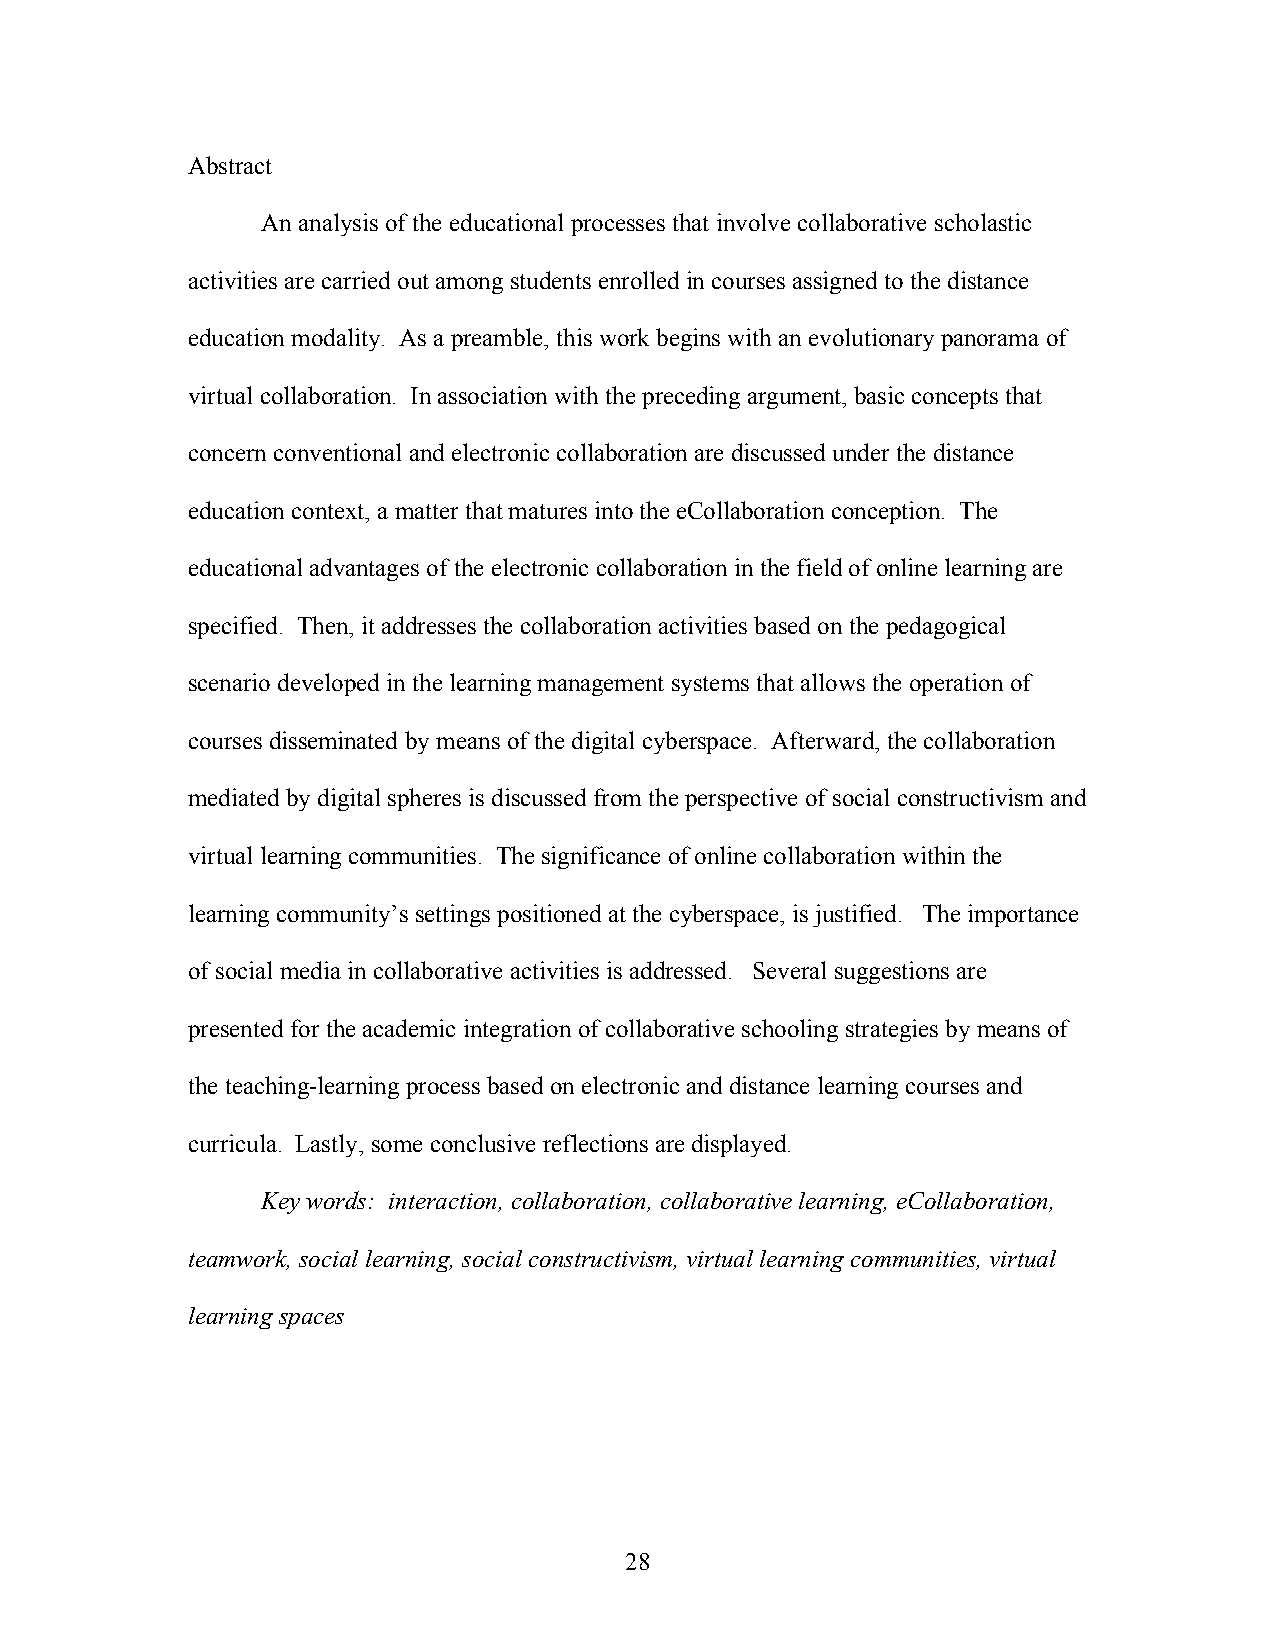
Abstract
 An analysis of the educational processes that involve collaborative scholastic
 activities are carried out among students enrolled in courses assigned to the distance
 education modality. As a preamble, this work begins with an evolutionary panorama of
 virtual collaboration. In association with the preceding argument, basic concepts that
 concern conventional and electronic collaboration are discussed under the distance
 education context, a matter that matures into the eCollaboration conception. The
 educational advantages of the electronic collaboration in the field of online learning are
 specified. Then, it addresses the collaboration activities based on the pedagogical
 scenario developed in the learning management systems that allows the operation of
 courses disseminated by means of the digital cyberspace. Afterward, the collaboration
 mediated by digital spheres is discussed from the perspective of social constructivism and
 virtual learning communities. The significance of online collaboration within the
 learning community’s settings positioned at the cyberspace, is justified. The importance
 of social media in collaborative activities is addressed. Several suggestions are
 presented for the academic integration of collaborative schooling strategies by means of
 the teaching-learning process based on electronic and distance learning courses and
 curricula. Lastly, some conclusive reflections are displayed.
 Key words: interaction, collaboration, collaborative learning, eCollaboration,
 teamwork, social learning, social constructivism, virtual learning communities, virtual
 learning spaces
 28